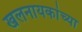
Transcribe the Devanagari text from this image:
खलनायकांच्या